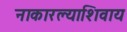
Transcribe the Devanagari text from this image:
नाकारल्याशिवाय